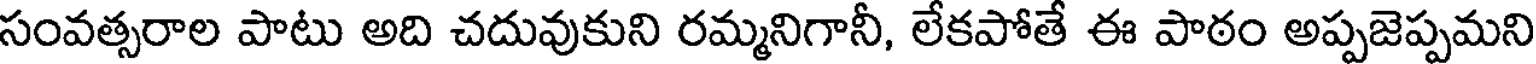
సంవత్సరాల పాటు అది చదువుకుని రమ్మనిగానీ, లేకపోతే ఈ పాఠం అప్పజెప్పమని